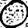
Digit: 0